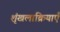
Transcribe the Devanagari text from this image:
शृंखलाक्रियाएँ